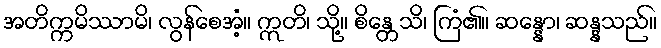
အတိက္ကမိဿာမိ၊ လွန်စေအံ့။ ဣတိ၊ သို့။ စိန္တေသိ၊ ကြံ၏။ ဆန္နော၊ ဆန္နသည်။